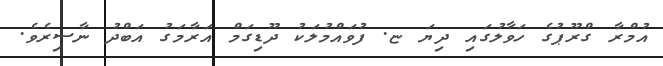
އުމްރާ ގްރޫޕުގެ ހަވާލުގައި ދިޔަ ޏ. ފުވައްމުލަކު ދޫޑިގަމް އަރާމަގު އަބްދު ނާސިރެވެ.